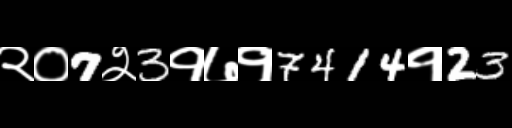
Text: २०7२3१७१7414१23